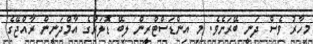
މިހާރު ވެސް ދަނީ ބޭރަށެވެ. މި އިންޑަސްޓްރީން ލިބޭ ޑޮލަރުގެ އާމްދަނީން ރާއްޖޭގެ